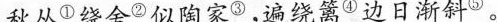
秋丛^{①}绕舍^{②}似陶家^{③}，遍绕篱^{④}边日渐斜^{⑤}。